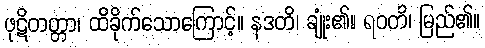
ဖုဋိတတ္တာ၊ ထိခိုက်သောကြောင့်။ နဒတိ၊ ချုံး၏။ ရဝတိ၊ မြည်၏။